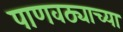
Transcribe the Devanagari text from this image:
पाणवठ्याच्‍या